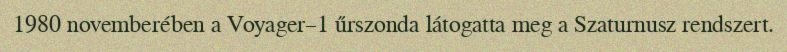
1980 novemberében a Voyager–1 űrszonda látogatta meg a Szaturnusz rendszert.